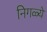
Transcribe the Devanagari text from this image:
निगळ्ये